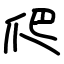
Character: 爬